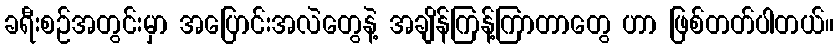
ခရီးစဉ်အတွင်းမှာ အပြောင်းအလဲတွေနဲ့ အချိန်ကြန့်ကြာတာတွေ ဟာ ဖြစ်တတ်ပါတယ်။